画像に写った文字を読んでください
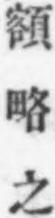
「額略之」と書いてあります